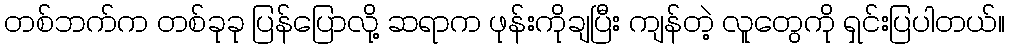
တစ်ဘက်က တစ်ခုခု ပြန်ပြောလို့ ဆရာက ဖုန်းကိုချပြီး ကျန်တဲ့ လူတွေကို ရှင်းပြပါတယ်။